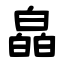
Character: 皛